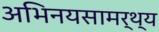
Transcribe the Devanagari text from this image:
अभिनयसामर्थ्य